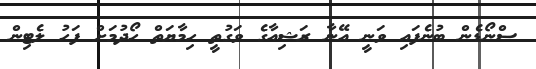
ސްނޯޑެން ބުނެފައި ވަނީ އޭނާ ރަޝިއާގެ ވަގުތީ ހިމާޔަތް ހޯދުމަށް ފަހު ލެޓިން